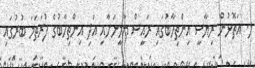
ލ. އަތޮޅުން ރިޔާސީ އިންތިހާބުގައި ރައީސް ޔާމީނަށާއި އަދި އިންތިހާބުގެ ފުރަތަމަ ބުރުގައި